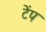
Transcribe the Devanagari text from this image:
टेंप